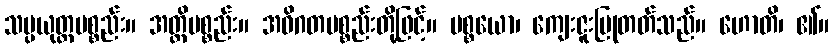
သမ္ပယုတ္တပစ္စည်း။ အတ္ထိပစ္စည်း။ အဝိဂတပစ္စည်းတို့ဖြင့်။ ပစ္စယော၊ ကျေးဇူးပြုတတ်သည်။ ဟောတိ၊ ၏။